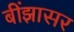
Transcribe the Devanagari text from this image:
बींझासर